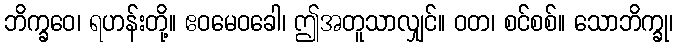
ဘိက္ခဝေ၊ ရဟန်းတို့။ ဧဝမေဝခေါ၊ ဤအတူသာလျှင်။ ဝတ၊ စင်စစ်။ သောဘိက္ခု၊